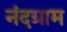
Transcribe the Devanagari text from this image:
नंदग्राम